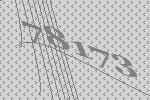
78173